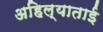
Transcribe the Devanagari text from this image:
अहिल्याताई